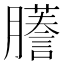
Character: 𫆾